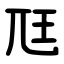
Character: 尫